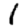
Digit: 1